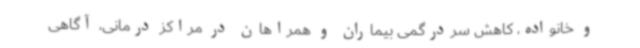
و خانواده، کاهش سردرگمی بیماران و همراهان در مراکز درمانی، آگاهی